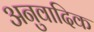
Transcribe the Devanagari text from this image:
अनुवादिक